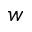
w